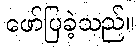
ဖော်ပြခဲ့သည်။